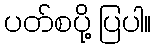
ပတ်စပို့ ပြပါ။